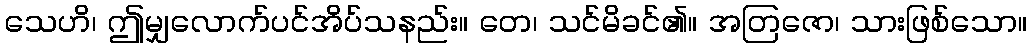
သေဟိ၊ ဤမျှလောက်ပင်အိပ်သနည်း။ တေ၊ သင်မိခင်၏။ အတြဇော၊ သားဖြစ်သော။